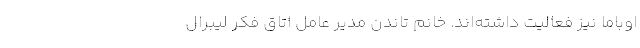
اوباما نیز فعالیت داشته‌اند. خانم تاندن مدیر عامل اتاق فکر لیبرال